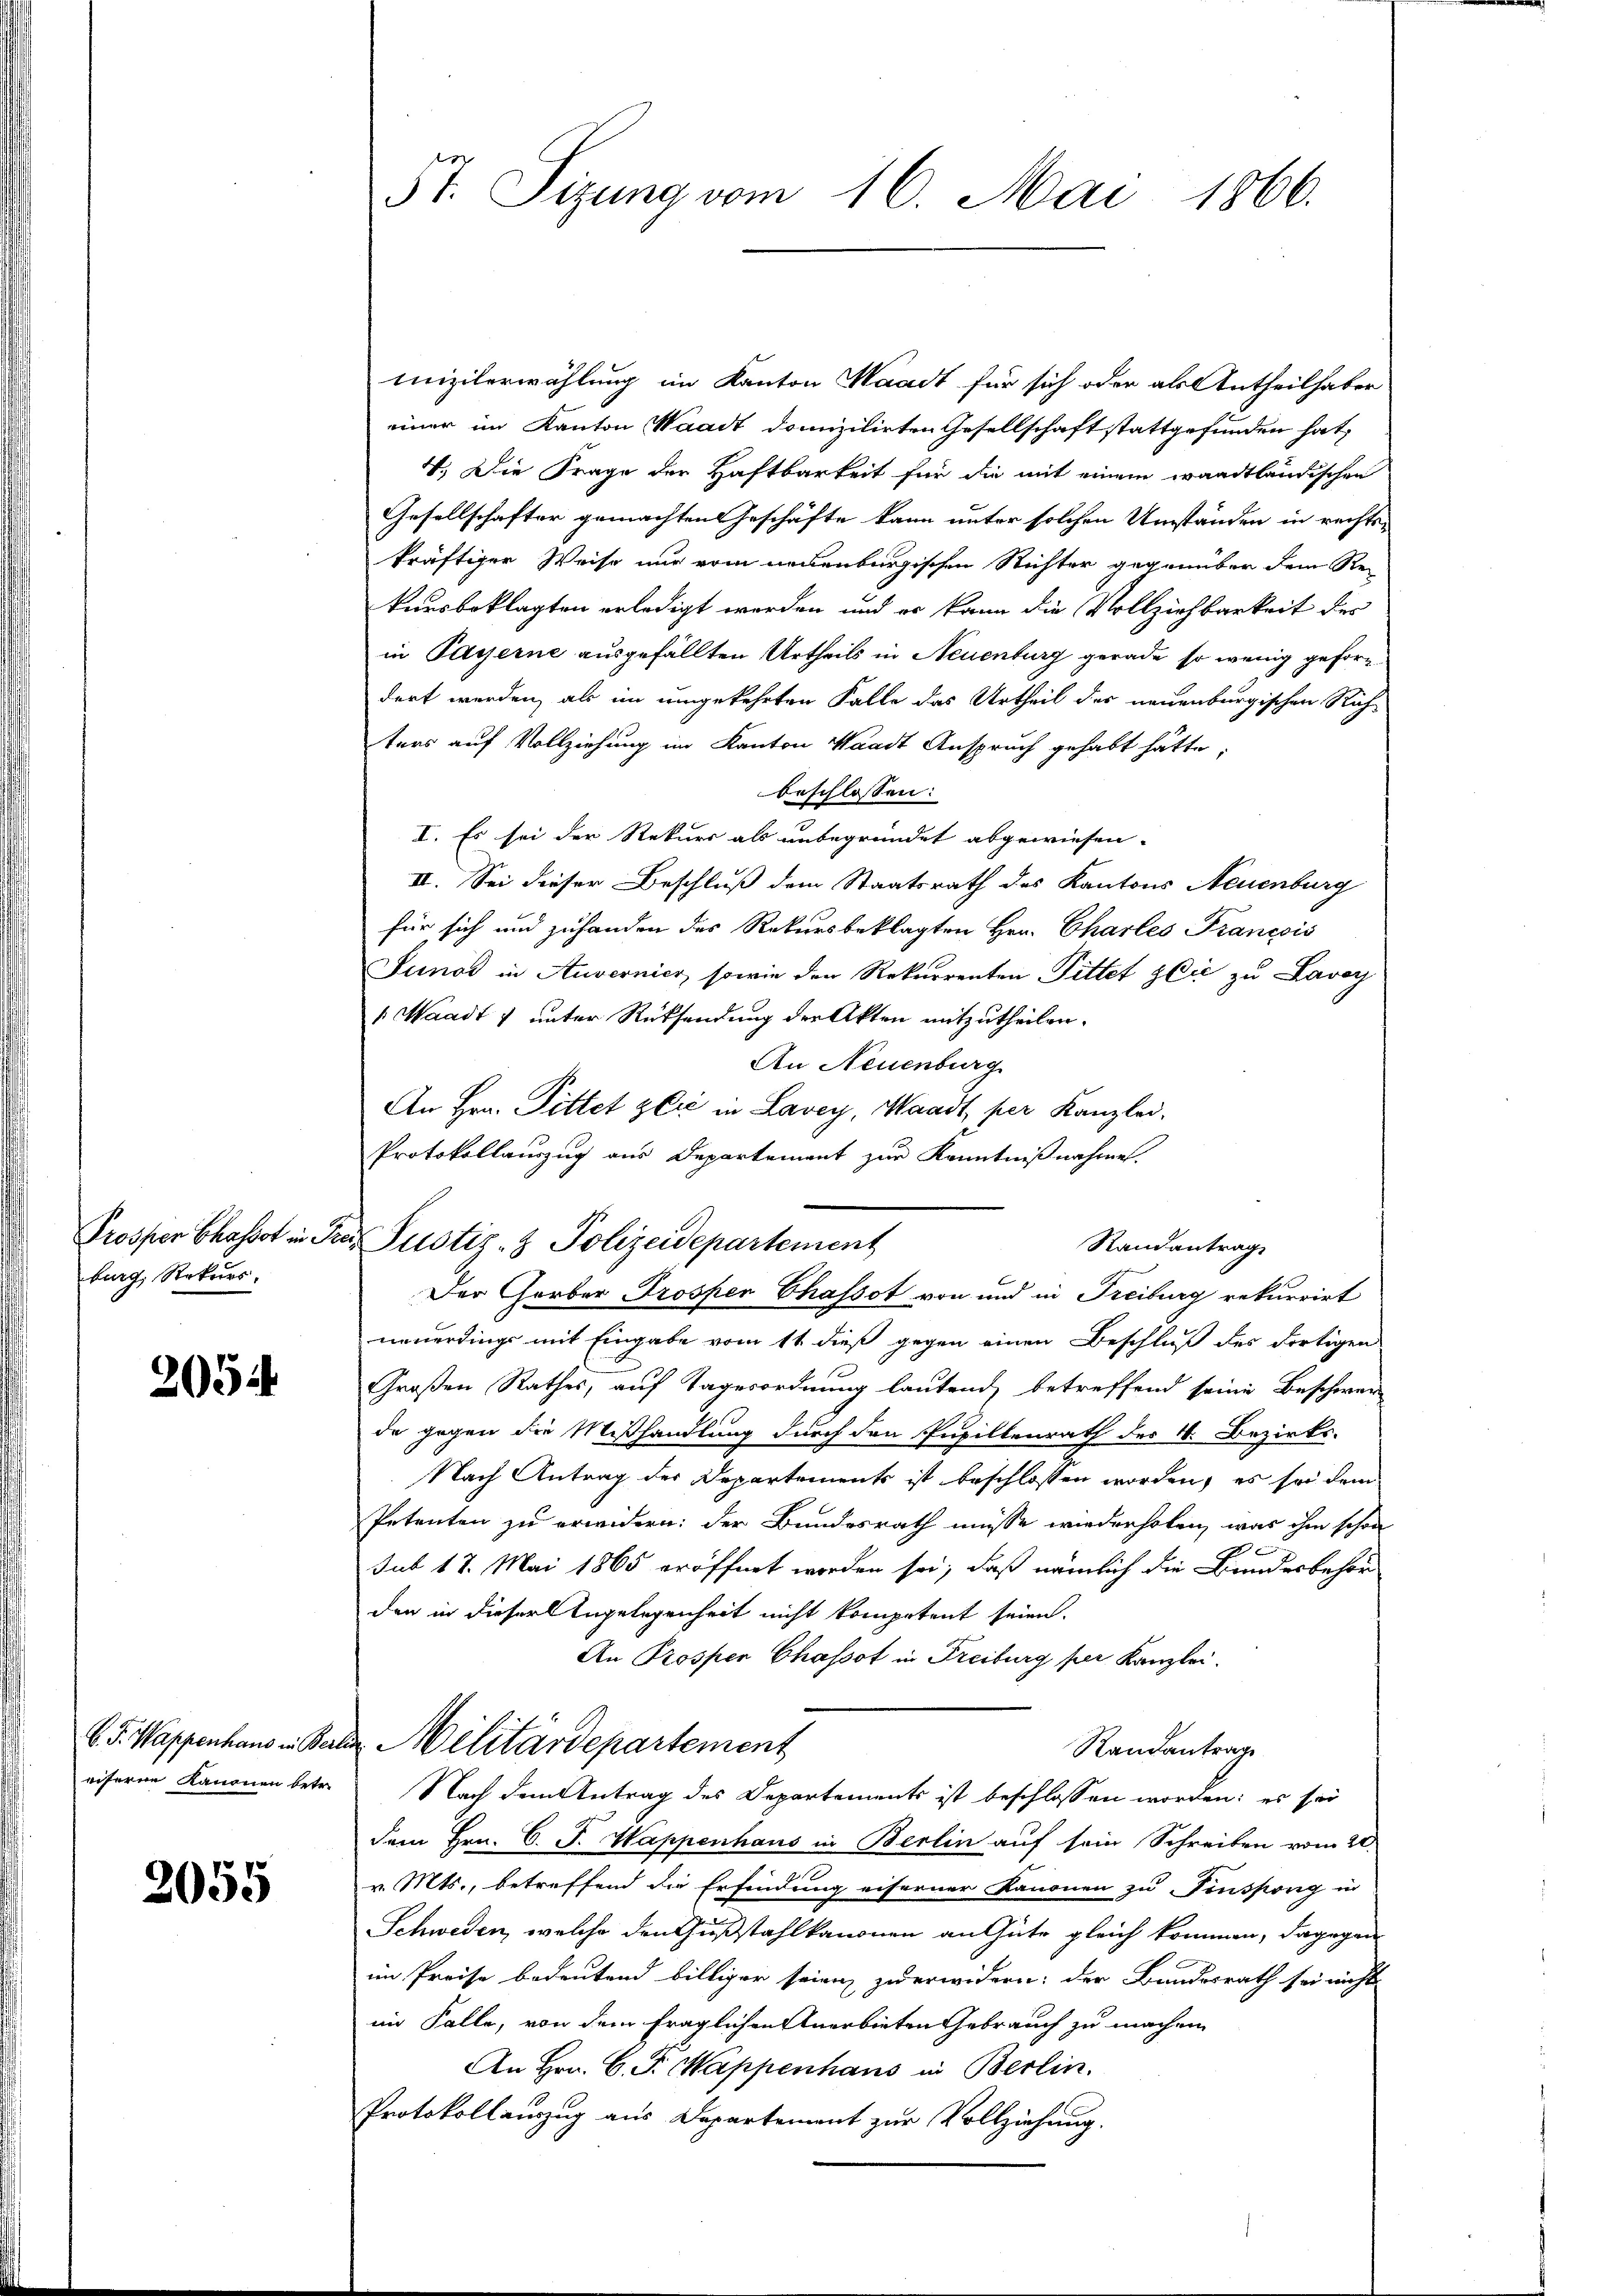
Prosper Chassot ein
burg, Rekurs.

2054

eiserne Kanonen betr.

2055

mizilerwählung im Kanton Waadt für sich oder als Antheilhaber
einer im Kanton Waadt domizilirten Gesellschaft stattgefunden hat,
V. Die Frage der Haftbarkeit für die mit einem waadtländischen
Gesellschafter gemachten Geschäfte kann unter solchen Umständen in rechts-
kräftiger Weise nur vom neuenburgischen Richter gegenüber dem Re-
kursbeklagten erledigt werden und er kann die Vollziehbarkeit der
in Payerne ausgefällten Urtheils in Neuenburg gerade so wenig gefordert werden, als im umgekehrten Falle das Urtheil des neuenburgischen Rich-
tens auf Vollziehung im Kanton Waadt Anspruch gehabt hätte,
beschlossen:
I. Es sei der Rekurs als unbegründet abgewiesen.
II. Sei dieser Beschluß dem Staatsrath des Kantons Neuenburg
für sich und zuhanden des Rekursbeklagten Hrn. Charles Francois
Junod in Anvernier, sowie den Rekurrenten Pittet sie zu Lavoy
 Waadt & unter Rücksendung der Akten mitzutheilen.
An Neuenburg
An Hrn. Pittet zeit in Lavey, Waadt, per Kanzlei-
Protokollauszug aus Departement zur Kenntnißnahmen.
Randantrag
Der Gerber Trosper Chassot von und in Freiburg rekurrirt
neuerdings mit Eingabe vom 11 dieß gegen einen Beschluß des Fortigen
Großen Rathes, auf Tagesordnung lautend, betreffend seine Beschwer
de gegen die Mißhandlung durch den Pupillenrath des 4. Bezirks-
Nach Antrag der Departements ist beschlossen worden, es sei dem
Petenten zu erwidern: der Bundesrath müsse wiederholen, was ihm schon
d
sub 18. Mai 1865 eröffnet worden sei, daß nämlich die Bundesbehör
den in dieser Angelegenheit nicht kompetent seien.
An Prosper Chassot in Freiburg per Kanzlei.
b. J. Wappenhaus in Paten Militärdepartement
Randantrage
Nach dem Antrag des Departements ist beschlossen worden: es sei
dem Hrn. C. P. Wappenhaus in Berlin auf sein Schreiben vom 20.
v. Mts., betreffend die Erfindung eiferner Kanonen zu Finsperg in
Schweden, welche den Fußstahlkanonen an Gute gleich kommen, dagegen
im Preise bedeutend billiger seien zu erwidern: der Bundesrath sei nicht
im Falle, von dem fraglichen Anerbieten Gebrauch zu machen
An Hrn. C. F. Wappenhaus in Berlin.
Protokollauszug aus Departement zur Vollziehung.

5t. Sitzung vom 16. Mai 1866.

tn Justiz- & Polizeidepartement